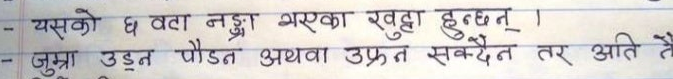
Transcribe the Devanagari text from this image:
यसको छ वटा नङ्गा भएका खुट्टा हुन्छन् ।
जुम्रा उड्न पौडन अथवा उफ्रन सक्दैन तर अति नै